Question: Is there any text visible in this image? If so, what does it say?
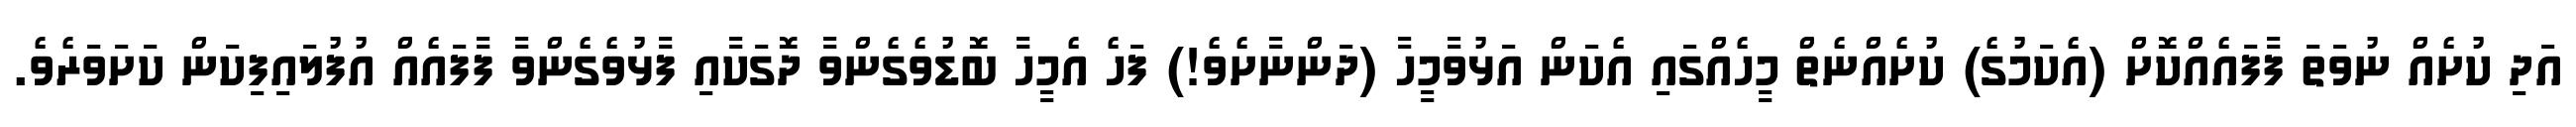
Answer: އަދި ކުށެއް ނުވަތަ ފާފައެއްކޮށް (އެކަމުގެ) ކުށެއްނެތް މީހެއްގައި އެކަން އަޅުވާމީހާ (ދަންނާށެވެ!) ފަހެ އެމީހާ ބޮޑުވެގެންވާ ދޮގަކާއި ފާޅުވެގެންވާ ފާފައެއް އުފުލައިފިކަން ކަށަވަރެވެ.